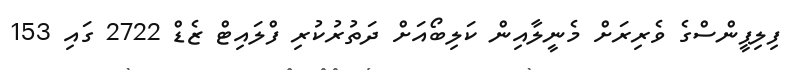
ފިލިޕީންސްގެ ވެރިރަށް މެނީލާއިން ކަލިބޯއަށް ދަތުރުކުރި ފްލައިޓް ޒެޑް 2722 ގައި 153